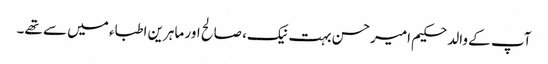
آپ کے والد حکیم امیرحسن بہت نیک، صالح اور ماہرین اطباء میں سے تھے۔